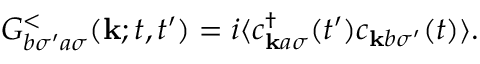
\begin{array} { r } { G _ { b \sigma ^ { \prime } a \sigma } ^ { < } ( \mathbf { k } ; t , t ^ { \prime } ) = i \langle c _ { \mathbf { k } a \sigma } ^ { \dagger } ( t ^ { \prime } ) c _ { \mathbf { k } b \sigma ^ { \prime } } ( t ) \rangle . } \end{array}